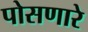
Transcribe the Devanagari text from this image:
पोसणारे